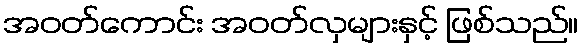
အဝတ်ကောင်း အဝတ်လှများနှင့် ဖြစ်သည်။